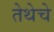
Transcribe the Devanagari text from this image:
तेथेचे